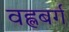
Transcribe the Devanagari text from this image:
वह्लबर्ग